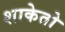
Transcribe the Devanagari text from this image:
शाकेतो